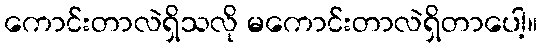
ကောင်းတာလဲရှိသလို မကောင်းတာလဲရှိတာပေါ့။